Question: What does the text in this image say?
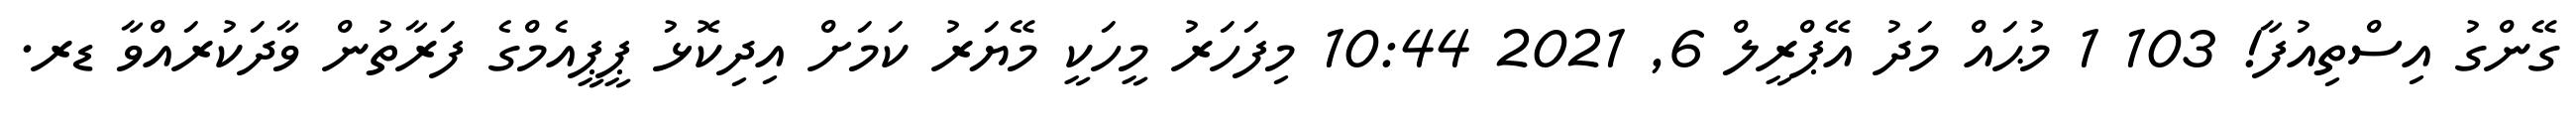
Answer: ގޭންގު އިސްތިއުފާ! 103 1 މުޙައް މަދު އޭޕްރީލް 6, 2021 10:44 މިފަހަރު މީހަކީ މޭޔަރު ކަމަށް އިދިކޮޅު ޕީޕީއެމްގެ ފަރާތުން ވާދަކުރައްވާ ޑރ.